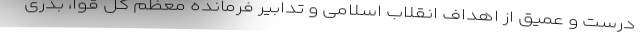
درست و عمیق از اهداف انقلاب اسلامی و تدابیر فرمانده معظم کل قوا، بذری